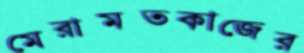
মেরামতকাজের